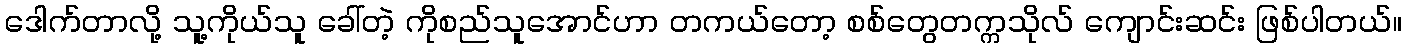
ဒေါက်တာလို့ သူ့ကိုယ်သူ ခေါ်တဲ့ ကိုစည်သူအောင်ဟာ တကယ်တော့ စစ်တွေတက္ကသိုလ် ကျောင်းဆင်း ဖြစ်ပါတယ်။